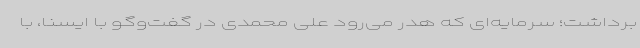
برداشت؛ سرمایه‌ای که هدر می‌رود علی محمدی در گفت‌وگو با ایسنا، با